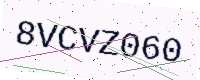
Text: 8VCVZ060